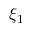
\xi _ { 1 }